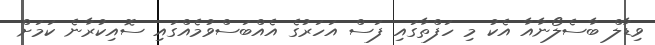
ވިޑާލް ބާސެލޯނާއާ އެކު މި ހަފްތާގައި ފަސް އަހަރުގެ އެއްބަސްވުމެއްގައި ސޮއިކުރާނެ ކަމަށް